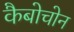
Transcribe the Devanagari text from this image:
कैबोचोन